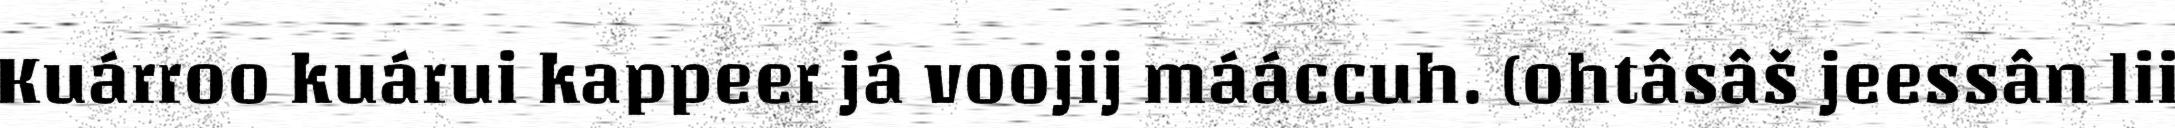
Kuárroo kuárui kappeer já voojij mááccuh. (ohtâsâš jeessân lii